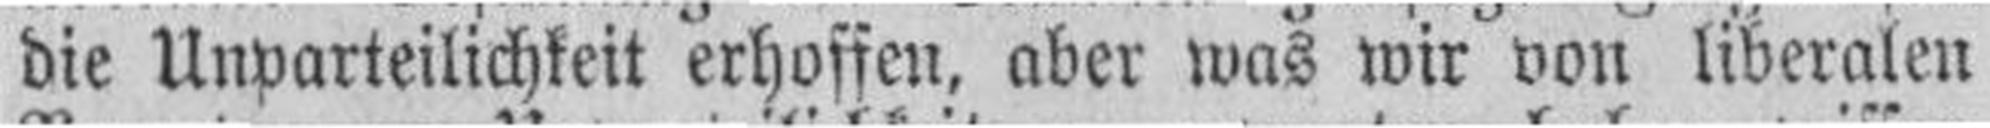
die Unparteilichkeit erhoffen, aber was wir von liberalen